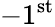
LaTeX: -1^{\mathrm{st}}